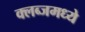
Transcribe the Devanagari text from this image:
क्लब्जमध्ये